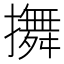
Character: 𢷵